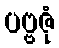
ပဗ္ဗဇုံ